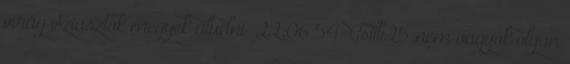
virág Sziasztok megyek aludni 22:06:54 Csilli25 nem vagyok olyan